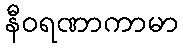
နီဝရဏာကာမာ